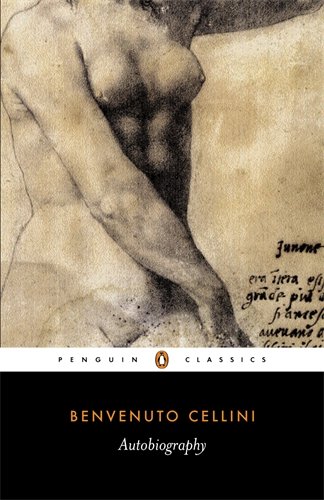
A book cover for The Autobiography of Benvenuto Cellini (Penguin Classics); Benvenuto Cellini; History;